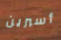
أسبرين